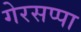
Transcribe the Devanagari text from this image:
गेरसप्पा